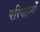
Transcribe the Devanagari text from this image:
परिगलनों